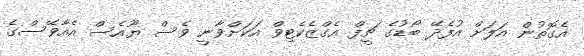
އެގޮތުން އަލަށް އުފެދޭ ބޯޑުގެ ޗީފް އެގްޒެކެޓިވް އަކަށްވާނީ ވެސް ޔޫއެސް އެއާވޭސްގެ